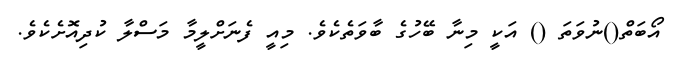
އޯބަތް()ނުވަތަ () އަކީ މިނާ ބޭހުގެ ބާވަތެކެވެ. މިއީ ފެނަށްލީމާ މަސްލާ ކުދިއޮށެކެވެ.